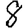
Digit: 8